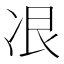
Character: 𫥋